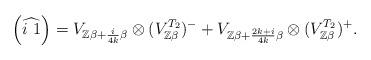
LaTeX: \begin{align*}\left(\widehat{i\ 1}\right)=V_{\mathbb{Z}\beta+\frac{i}{4k}\beta}\otimes(V_{\mathbb{Z}\beta}^{T_{2}})^{-}+V_{\mathbb{Z}\beta+\frac{2k+i}{4k}\beta}\otimes(V_{\mathbb{Z}\beta}^{T_{2}})^{+}.\end{align*}